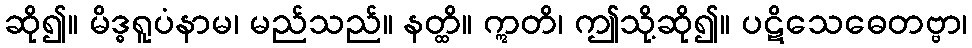
ဆို၍။ မိဒ္ဓရူပံနာမ၊ မည်သည်။ နတ္ထိ။ ဣတိ၊ ဤသို့ဆို၍။ ပဋိသေဓေတဗ္ဗာ၊